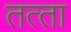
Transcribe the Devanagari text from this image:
तत्‍ता